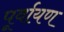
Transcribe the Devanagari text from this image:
पूर्वायण